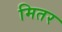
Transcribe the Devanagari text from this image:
मितर